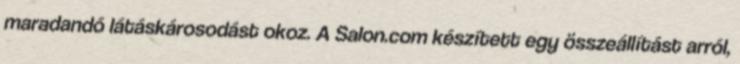
maradandó látáskárosodást okoz. A Salon.com készített egy összeállítást arról,